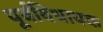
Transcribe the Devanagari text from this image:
पूर्वविधायक